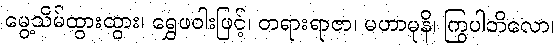
မွေ့သိမ်ထွားထွား၊ ရွှေဖဝါးဖြင့်၊ တရားရာဇာ၊ မဟာမုနိ၊ ကြွပါဘိလော၊